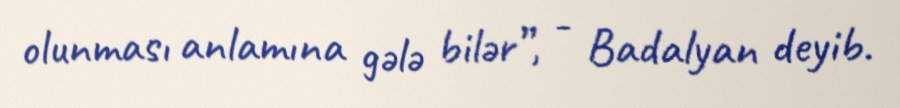
olunması anlamına gələ bilər”, - Badalyan deyib.